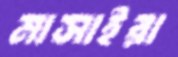
মাসাইরা